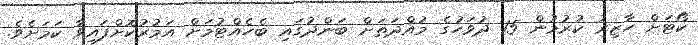
ކޯޓަށް ހާޒިރު ކުރުމުން 15 ދުވަހުގެ މުއްދަތަށް ބަންދުގައި ބެހެއްޓުމަށް އަމުރުކޮށްފައިވާ ކަމަށެވެ.